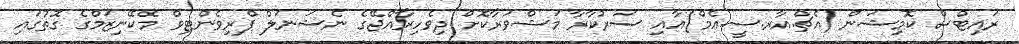
ރައިޓްސް ކޮމިޝަން (އެޗް.އާރ.ސީ.އެމް)އާއި ސަރުކާރާ މަޝްވަރާކޮށް ދިވެހިރާއްޖޭގެ ނެޝަނަލް ޕްރިވެންޓިވް މެކޭނިޒަމްގެ ގޮތުގައި